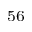
^ { 5 6 }